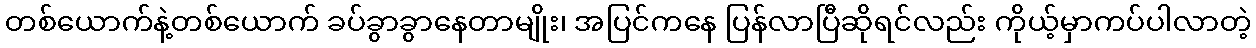
တစ်ယောက်နဲ့တစ်ယောက် ခပ်ခွာခွာနေတာမျိုး၊ အပြင်ကနေ ပြန်လာပြီဆိုရင်လည်း ကိုယ့်မှာကပ်ပါလာတဲ့